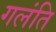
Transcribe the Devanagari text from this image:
गलंति